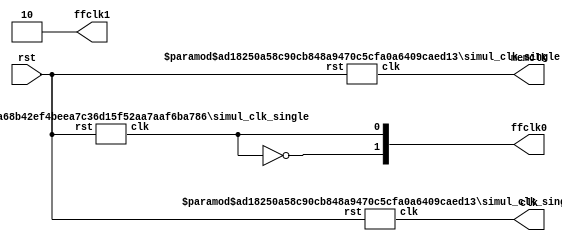
// This program was cloned from: https://github.com/Elphel/x393
// License: GNU General Public License v3.0

/*!
 * <b>Module:</b>simul_clk
 * @file simul_clk.v
 * @date 2015-07-29  
 * @author Andrey Filippov     
 *
 * @brief Generate clocks for simulation
 *
 * @copyright Copyright (c) 2015 Elphel, Inc.
 *
 * <b>License:</b>
 *
 * simul_clk.v is free software; you can redistribute it and/or modify
 * it under the terms of the GNU General Public License as published by
 * the Free Software Foundation, either version 3 of the License, or
 * (at your option) any later version.
 *
 *  simul_clk.v is distributed in the hope that it will be useful,
 * but WITHOUT ANY WARRANTY; without even the implied warranty of
 * MERCHANTABILITY or FITNESS FOR A PARTICULAR PURPOSE.  See the
 * GNU General Public License for more details.
 *
 * You should have received a copy of the GNU General Public License
 * along with this program.  If not, see <http://www.gnu.org/licenses/> .
 *
 * Additional permission under GNU GPL version 3 section 7:
 * If you modify this Program, or any covered work, by linking or combining it
 * with independent modules provided by the FPGA vendor only (this permission
 * does not extend to any 3-rd party modules, "soft cores" or macros) under
 * different license terms solely for the purpose of generating binary "bitstream"
 * files and/or simulating the code, the copyright holders of this Program give
 * you the right to distribute the covered work without those independent modules
 * as long as the source code for them is available from the FPGA vendor free of
 * charge, and there is no dependence on any encrypted modules for simulating of
 * the combined code. This permission applies to you if the distributed code
 * contains all the components and scripts required to completely simulate it
 * with at least one of the Free Software programs.
 */
`timescale 1ns/1ps

module  simul_clk#(
    parameter       CLKIN_PERIOD =  5.0,
    parameter       MEMCLK_PERIOD = 5.0,
    parameter       FCLK0_PERIOD = 10.417,
    parameter       FCLK1_PERIOD =  0.0
)(
    input        rst,
    output       clk,
    output       memclk,
    output [1:0] ffclk0,
    output [1:0] ffclk1
);
    
    wire ffclk0_w;
    wire ffclk1_w;
    assign ffclk0 = {~ffclk0_w,ffclk0_w};
    assign ffclk1 = {~ffclk1_w,ffclk1_w};
    generate
        if (CLKIN_PERIOD > 0.0)
            simul_clk_single #(.PERIOD(CLKIN_PERIOD)) simul_clk_i    (.rst(rst), .clk(clk));
        else
            assign clk = 0;
    endgenerate

    generate
        if (MEMCLK_PERIOD > 0.0)
            simul_clk_single #(.PERIOD(MEMCLK_PERIOD)) simul_memclk_i (.rst(rst), .clk(memclk));
        else
            assign memclk = 0;
    endgenerate

    generate
        if (FCLK0_PERIOD > 0.0)
            simul_clk_single #(.PERIOD(FCLK0_PERIOD)) simul_ffclk0_i (.rst(rst), .clk(ffclk0_w));
        else
            assign ffclk0_w = 0;
    endgenerate

    generate
        if (FCLK1_PERIOD > 0.0)
            simul_clk_single #(.PERIOD(FCLK1_PERIOD)) simul_ffclk1_i (.rst(rst), .clk(ffclk1_w));
        else
            assign ffclk1_w = 0;
    endgenerate

endmodule

module simul_clk_single #(
        parameter PERIOD = 1000.0
    ) (
        input rst,
        output clk
    );
    reg clk_r = 0;
    assign clk = clk_r;
    always #(PERIOD/2) clk_r <= rst ? 1'b0:  ~clk_r;
endmodule